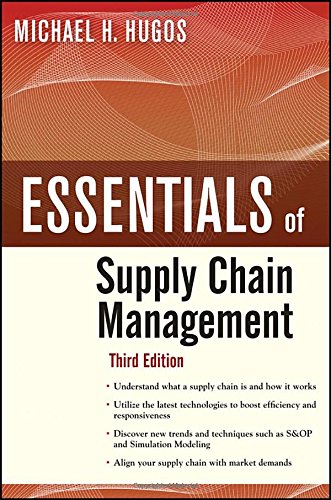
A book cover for Essentials of Supply Chain Management, Third Edition; Michael H. Hugos; Business & Money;